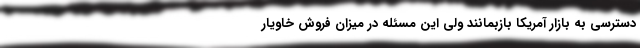
دسترسی به بازار آمریکا بازبمانند ولی این مسئله در میزان فروش خاویار